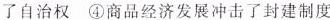
了自治权 ④商品经济发展冲击了封建制度